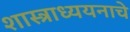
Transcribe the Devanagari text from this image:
शास्त्राध्ययनाचे